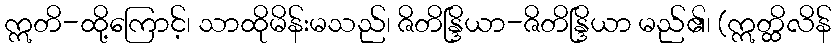
ဣတိ-ထို့ကြောင့်၊ သာထိုမိန်းမသည်၊ ဇိတိန္ဒြိယာ-ဇိတိန္ဒြိယာ မည်၏၊ (ဣတ္ထိလိန်